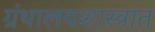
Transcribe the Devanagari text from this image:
ग्रंथालयशास्त्रात